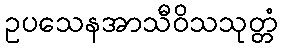
ဥပသေနအာသီဝိသသုတ္တံ